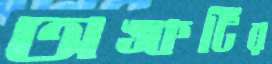
অঙ্কটির